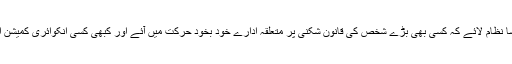
آج ہمیں چاہیے کہ بڑے لوگوں کا احتساب کریں ایسا نظام لائے کہ کسی بھی بڑے شخص کی قانون شکنی پر متعلقہ ادارے خود بخود حرکت میں آئے اور کبھی کسی انکوائری کمیشن اور جوڈیشنل کمیشن کا قوم کو انتظار نہ کرنا پڑے۔